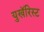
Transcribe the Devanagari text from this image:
युखॅरिस्ट